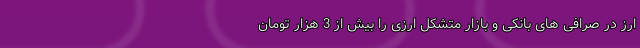
ارز در صرافی های بانکی و بازار متشکل ارزی را بیش از 3 هزار تومان